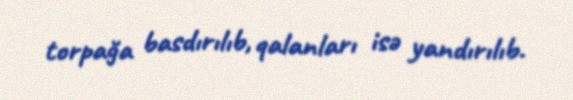
torpağa basdırılıb, qalanları isə yandırılıb.